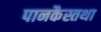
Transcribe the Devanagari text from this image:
पानकैस्तथा